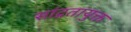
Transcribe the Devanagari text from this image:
सांद्रतायुक्त